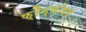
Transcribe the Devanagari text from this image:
फ्रैन्कोइस